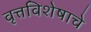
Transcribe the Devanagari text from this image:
वृत्तविशेषाचे